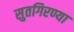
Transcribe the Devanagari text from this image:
सुतगिरण्या